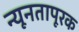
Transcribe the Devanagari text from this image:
न्यूनतापूरक